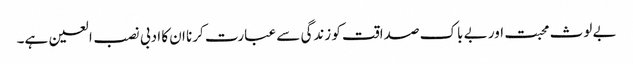
بے لوث محبت اور بے باک صداقت کو زندگی سے عبارت کرنا ان کا ادبی نصب العین ہے۔